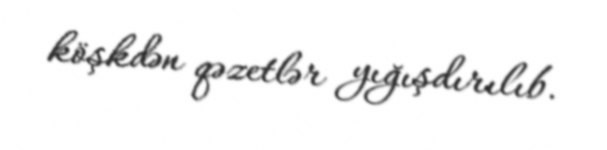
köşkdən qəzetlər yığışdırılıb.